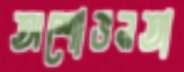
অশোভনতা